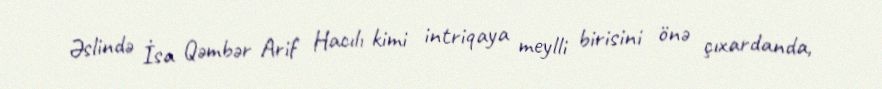
Əslində İsa Qəmbər Arif Hacılı kimi intriqaya meylli birisini önə çıxardanda,